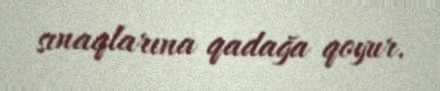
sınaqlarına qadağa qoyur.